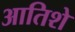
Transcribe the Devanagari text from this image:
आतिशे